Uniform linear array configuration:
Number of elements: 48
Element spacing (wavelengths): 0.75
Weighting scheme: exponential
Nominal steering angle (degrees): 45
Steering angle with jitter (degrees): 46.304
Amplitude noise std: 0.05
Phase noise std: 0.05

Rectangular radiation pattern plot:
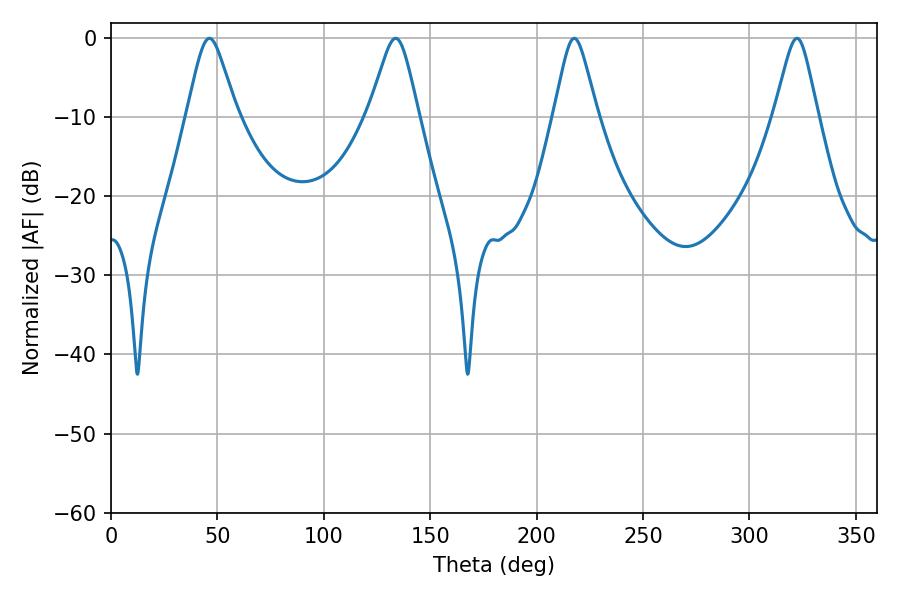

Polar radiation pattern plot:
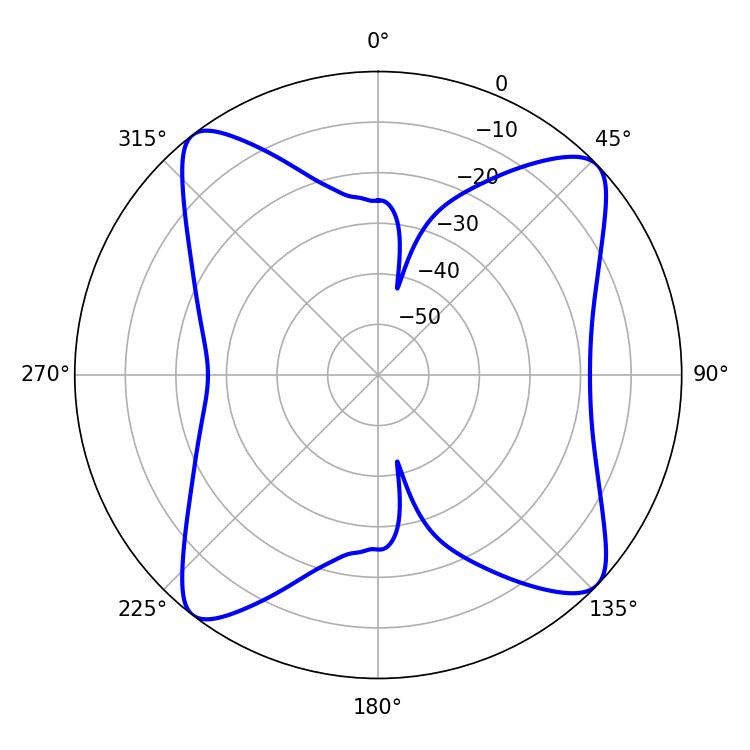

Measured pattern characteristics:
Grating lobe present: TRUE
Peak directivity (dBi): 12.899
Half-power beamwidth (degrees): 11.34
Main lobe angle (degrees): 46.26